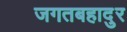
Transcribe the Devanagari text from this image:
जगतबहादुर